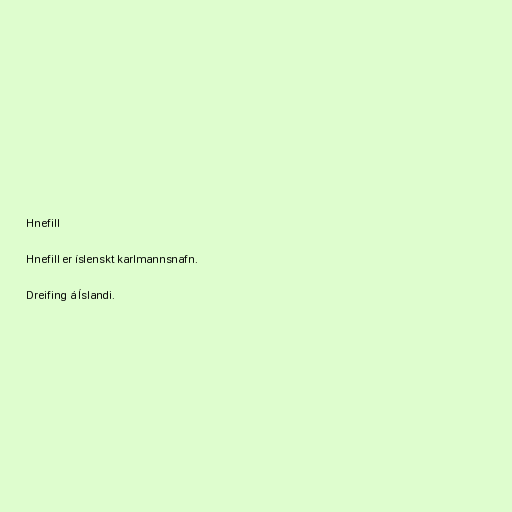
Hnefill

Hnefill er íslenskt karlmannsnafn.

Dreifing á Íslandi.